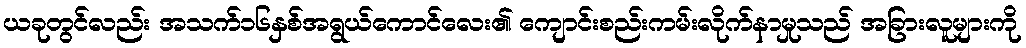
ယခုတွင်လည်း အသက်၁၆နှစ်အရွယ်ကောင်လေး၏ ကျောင်းစည်းကမ်းလိုက်နာမှုသည် အခြားလူများကို